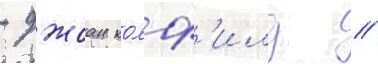
- джоан колф'илд /